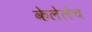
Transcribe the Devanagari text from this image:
केलेलेच